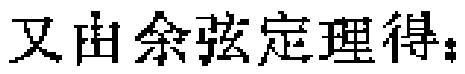
又由余弦定理得：